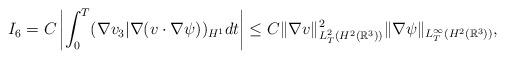
LaTeX: \begin{align*} I_6=C\left| \int^T_0 (\nabla v_3|\nabla (v\cdot\nabla \psi))_{H^1}dt\right| \leq C\|\nabla v\|_{L^2_T(H^2(\mathbb{R}^3))}^2\|\nabla \psi\|_{L^\infty_T(H^2(\mathbb{R}^3))}, \end{align*}